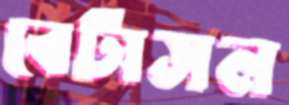
বেটাসল